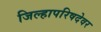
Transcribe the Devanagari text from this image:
जिल्हापरिषदेवर